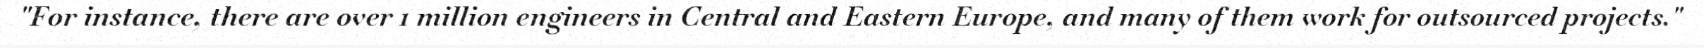
"For instance, there are over 1 million engineers in Central and Eastern Europe, and many of them work for outsourced projects."